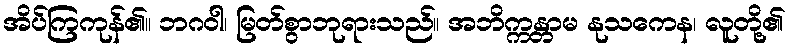
အိပ်ကြကုန်၏။ ဘဂဝါ၊ မြတ်စွာဘုရားသည်။ အဘိက္ကန္တာမ နုသကေန၊ လူတို့၏